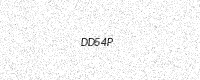
Text: DD54P